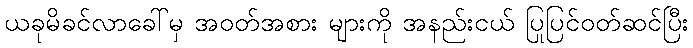
ယခုမိခင်လာခေါ်မှ အဝတ်အစား များကို အနည်းငယ် ပြုပြင်ဝတ်ဆင်ပြီး